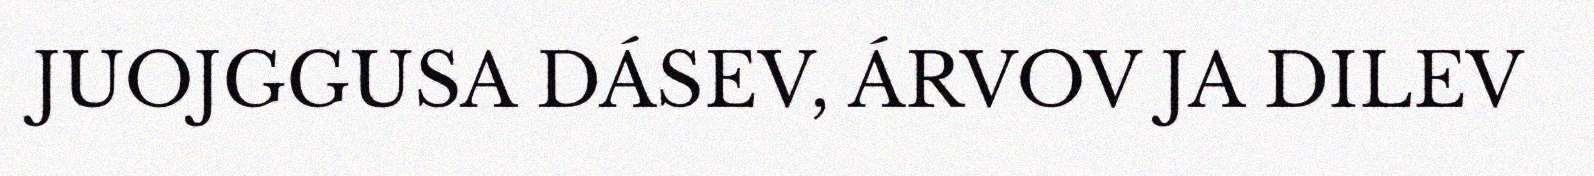
JUOJGGUSA DÁSEV, ÁRVOV JA DILEV